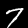
Label: 7